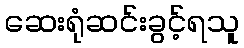
ဆေးရုံဆင်းခွင့်ရသူ